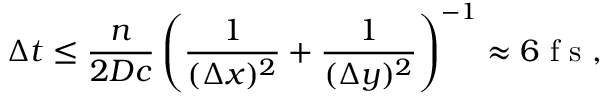
\Delta t \leq \frac { n } { 2 D c } \left( \frac { 1 } { ( \Delta x ) ^ { 2 } } + \frac { 1 } { ( \Delta y ) ^ { 2 } } \right) ^ { - 1 } \approx 6 \textnormal { f s } ,